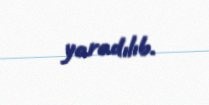
yaradılıb.